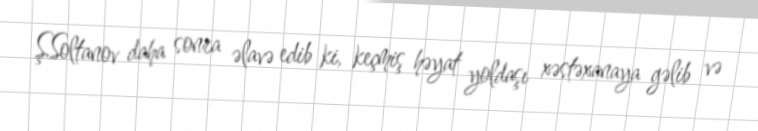
Ş.Soltanov daha sonra əlavə edib ki, keçmiş həyat yoldaşı xəstəxanaya gəlib və